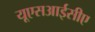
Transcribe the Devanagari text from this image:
यूएसआईसीए